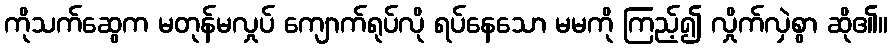
ကိုသက်ဆွေက မတုန်မလှုပ် ကျောက်ရုပ်လို ရပ်နေသော မမကို ကြည့်၍ လှိုက်လှဲစွာ ဆို၏။